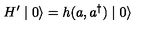
H ^ { \prime } \mid 0 \rangle = h ( a , a ^ { \dagger } ) \mid 0 \rangle